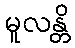
မူလန္တိ